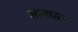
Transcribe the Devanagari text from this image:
अध्यास्त